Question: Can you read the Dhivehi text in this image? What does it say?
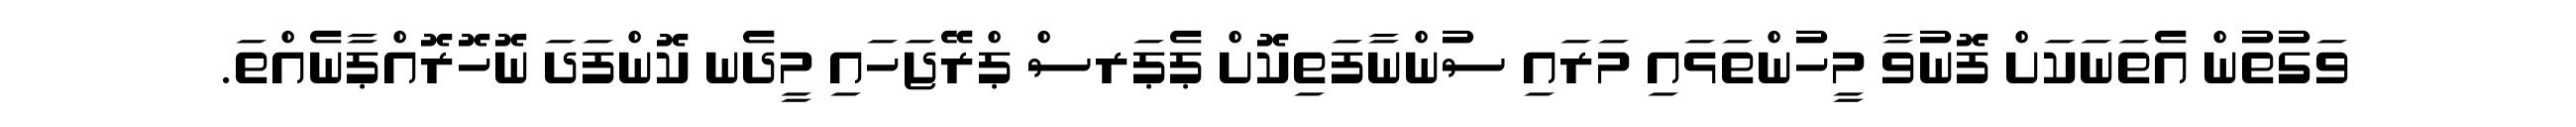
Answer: ވަގުތުން އެތަނަކަށް ފޮނުވާ މީހުންތަޅައި މަރައި ސުންނާފަތިކޮށް ޕެޕަރސް ޕްރޭޖަހައި މީދެނ ކޮންފަދަ ނޮހޮރޮއްޕާނެއްތަ.